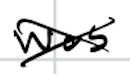
Text: was
Cross-out: cross
Writing tool: digital_black